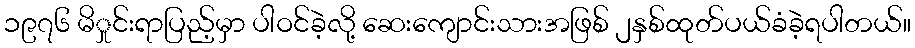
၁၉၇၆ မိှုင်းရာပြည့်မှာ ပါဝင်ခဲ့လို့ ဆေးကျောင်းသားအဖြစ် ၂နှစ်ထုတ်ပယ်ခံခဲ့ရပါတယ်။